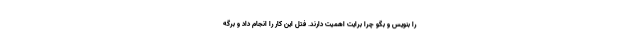
را بنویس و بگو چرا برایت اهمیت دارند. فتل این کار را انجام داد و برگه